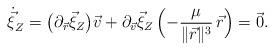
LaTeX: \begin{align*} {\dot {\vec\xi}}_Z= \bigl(\partial_{\vec r}{\vec \xi}_Z\bigr) \vec v +\partial_{\vec v}{\vec \xi}_Z\, \Bigl(-\frac{\mu}{\lVert \vec r\rVert^3}\, \vec r\Bigr) =\vec 0.\end{align*}